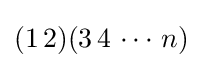
(1\,2)(3\,4\,\cdots \,n)